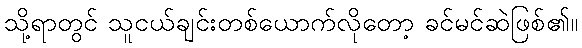
သို့ရာတွင် သူငယ်ချင်းတစ်ယောက်လိုတော့ ခင်မင်ဆဲဖြစ်၏။